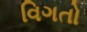
વિગતો